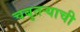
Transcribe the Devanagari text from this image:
चबुतऱ्याची